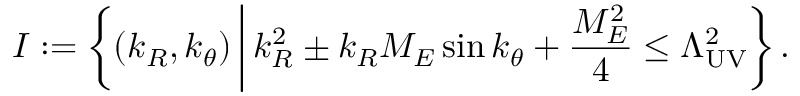
I : = \left\{ ( k _ { R } , k _ { \theta } ) \, \bigg | \, k _ { R } ^ { 2 } \pm k _ { R } M _ { E } \sin k _ { \theta } + \frac { M _ { E } ^ { 2 } } { 4 } \le \Lambda _ { \mathrm { U V } } ^ { 2 } \right\} .